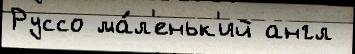
Руссо ма́л'еньк'ий англ